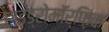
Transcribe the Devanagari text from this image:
हाइड्रोमॉर्फ़िक